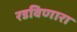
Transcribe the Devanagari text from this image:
रडविणारा